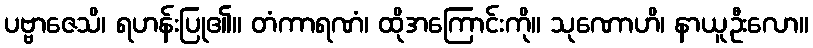
ပဗ္ဗာဇေသိ၊ ရဟန်းပြု၏။ တံကာရဏံ၊ ထိုအကြောင်းကို။ သုဏောဟိ၊ နာယူဦးလော။